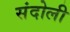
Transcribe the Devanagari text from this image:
संदोली